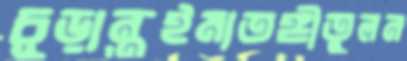
চূড়ান্তইমাতঙ্গীতুলন